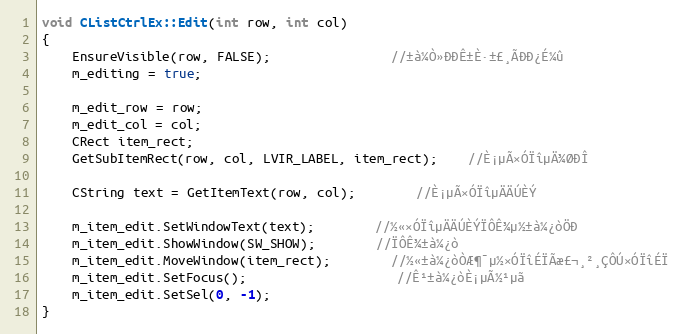
Language: C++
void CListCtrlEx::Edit(int row, int col)
{
    EnsureVisible(row, FALSE);				//±à¼­Ò»ÐÐÊ±È·±£¸ÃÐÐ¿É¼û
    m_editing = true;

    m_edit_row = row;
    m_edit_col = col;
    CRect item_rect;
    GetSubItemRect(row, col, LVIR_LABEL, item_rect);	//È¡µÃ×ÓÏîµÄ¾ØÐÎ

    CString text = GetItemText(row, col);		//È¡µÃ×ÓÏîµÄÄÚÈÝ

    m_item_edit.SetWindowText(text);		//½«×ÓÏîµÄÄÚÈÝÏÔÊ¾µ½±à¼­¿òÖÐ
    m_item_edit.ShowWindow(SW_SHOW);		//ÏÔÊ¾±à¼­¿ò
    m_item_edit.MoveWindow(item_rect);		//½«±à¼­¿òÒÆ¶¯µ½×ÓÏîÉÏÃæ£¬¸²¸ÇÔÚ×ÓÏîÉÏ
    m_item_edit.SetFocus();					//Ê¹±à¼­¿òÈ¡µÃ½¹µã
    m_item_edit.SetSel(0, -1);
}